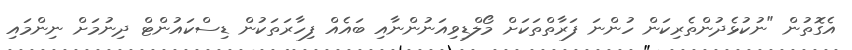
އެގޮތުން "ނުކުޅެދުންތެރިކަން ހުންނަ ފަރާތްތަކަށް މޯލްޑިވިއަނުންނާއި ބައެއް ފިހާރަތަކުން ޑިސްކައުންޓް ދިނުމަށް ނިންމައި